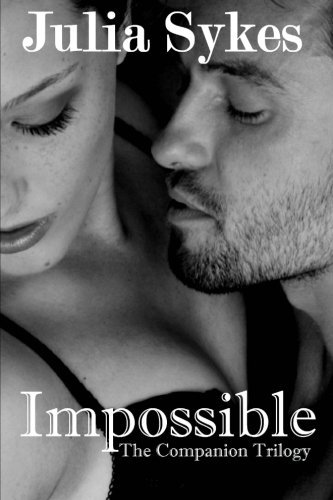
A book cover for Impossible: The Companion Trilogy; Julia Sykes; Romance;